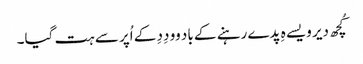
کُچھ دیر ویسے ہِ پدے رہنے کے باد وو دِدِ کے اُپر سے ہت گیا۔